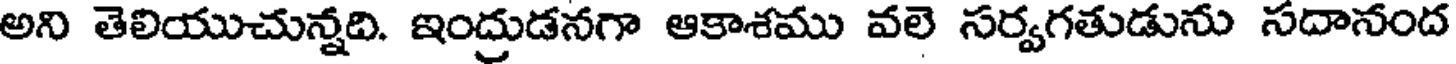
అని తెలియుచున్నది. ఇంద్రుడనగా ఆకాశము వలె సర్వగతుడును సదానంద